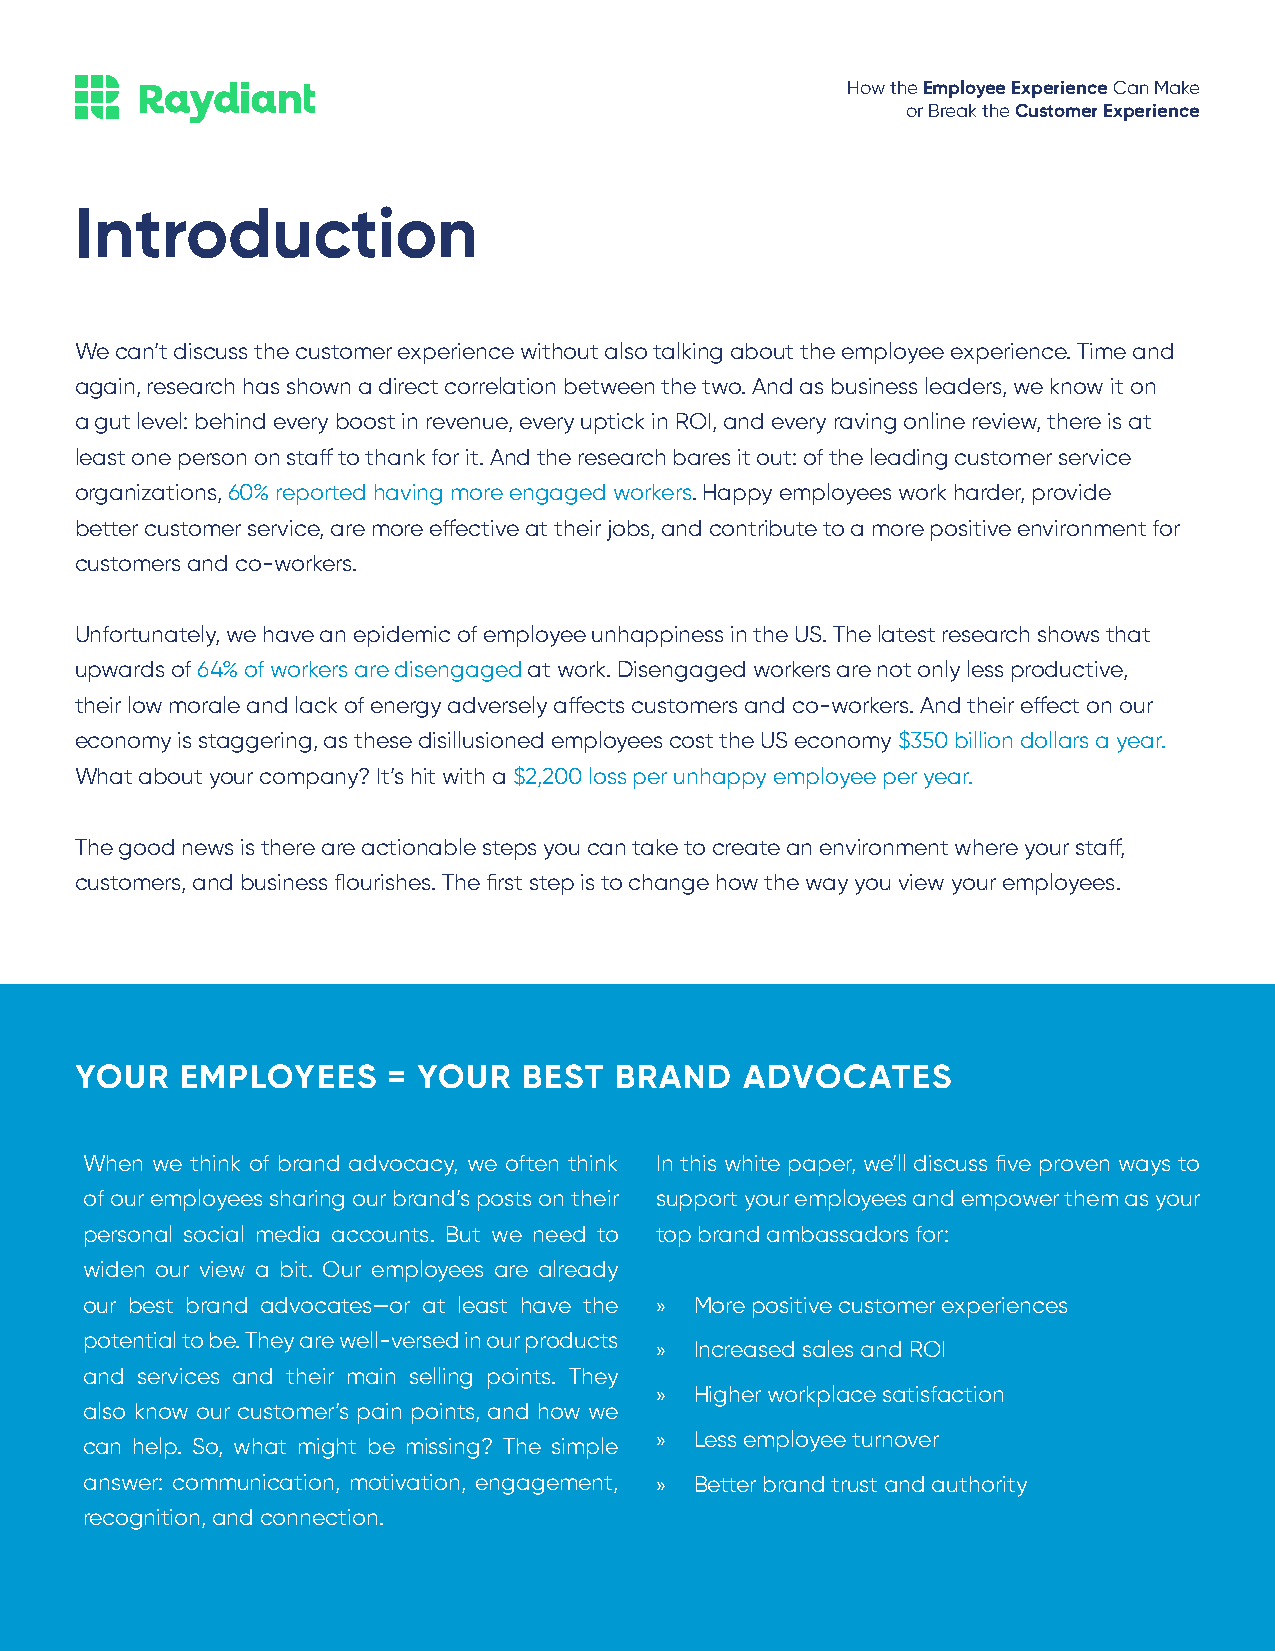
How the Employee Experience Can Make
 or Break the Customer Experience
 Introduction
 We can’t discuss the customer experience without also talking about the employee experience. Time and
 again, research has shown a direct correlation between the two. And as business leaders, we know it on
 a gut level: behind every boost in revenue, every uptick in ROI, and every raving online review, there is at
 least one person on staff to thank for it. And the research bares it out: of the leading customer service
 organizations, 60% reported having more engaged workers. Happy employees work harder, provide
 better customer service, are more effective at their jobs, and contribute to a more positive environment for
 customers and co-workers.
 Unfortunately, we have an epidemic of employee unhappiness in the US. The latest research shows that
 upwards of 64% of workers are disengaged at work. Disengaged workers are not only less productive,
 their low morale and lack of energy adversely affects customers and co-workers. And their effect on our
 economy is staggering, as these disillusioned employees cost the US economy $350 billion dollars a year.
 What about your company? It’s hit with a $2,200 loss per unhappy employee per year.
 The good news is there are actionable steps you can take to create an environment where your staff,
 customers, and business flourishes. The first step is to change how the way you view your employees.
 YOUR   EMPLOYEES     = YOUR   BEST  BRAND   ADVOCATES
 When we think of brand advocacy, we often think In this white paper, we’ll discuss five proven ways to
 of our employees sharing our brand’s posts on their support your employees and empower them as your
 personal social media accounts. But we need to top brand ambassadors for:
 widen our view a bit. Our employees are already
 our best brand advocates—or at least have the » More positive customer experiences
 potential to be. They are well-versed in our products
 »  Increased sales and ROI
 and services and their main selling points. They
 »  Higher workplace satisfaction
 also know our customer’s pain points, and how we
 »  Less employee turnover
 can help. So, what might be missing? The simple
 answer: communication, motivation, engagement, » Better brand trust and authority
 recognition, and connection.